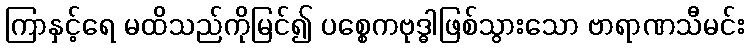
ကြာနှင့်ရေ မထိသည်ကိုမြင်၍ ပစ္စေကဗုဒ္ဓါဖြစ်သွားသော ဗာရာဏသီမင်း